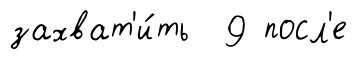
захват'и́ть 9 посл'е